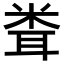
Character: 𥹢